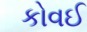
કોવઈ